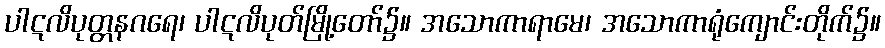
ပါဋလိပုတ္တနဂရေ၊ ပါဋလိပုတ်မြို့တော်၌။ အသောကာရာမေ၊ အသောကာရုံကျောင်းတိုက်၌။